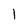
Character: l